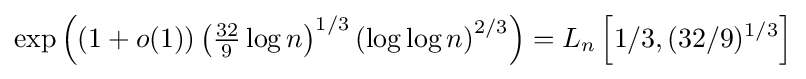
\exp \left(\left(1+o(1)\right)\left({\tfrac {32}{9}}\log n\right)^{1/3}\left(\log \log n\right)^{2/3}\right)=L_{n}\left[1/3,(32/9)^{1/3}\right]